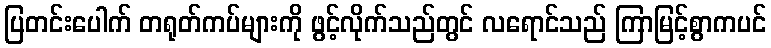
ပြတင်းပေါက် တရုတ်ကပ်များကို ဖွင့်လိုက်သည်တွင် လရောင်သည် ကြာမြင့်စွာကပင်